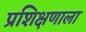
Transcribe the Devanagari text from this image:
प्रशिक्षणाला